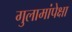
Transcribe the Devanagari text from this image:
गुलामांपेक्षा